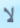
لا